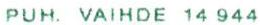
PUH. VAIHDE 14 944YLE_pääjohtajien_kirjeenvaihto_1966_15_14_1.jpg	CABLE ADDRESS: